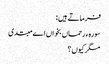
فرماتے ہیں :
سورہ ء رحماں بخواں اے مبتدی
مگر کیوں ؟